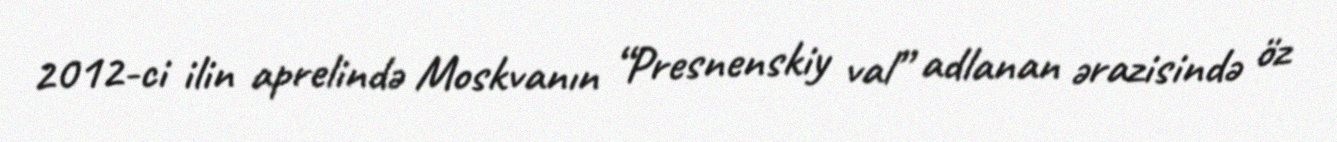
2012-ci ilin aprelində Moskvanın “Presnenskiy val” adlanan ərazisində öz